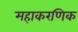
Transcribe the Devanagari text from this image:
महाकरणिक